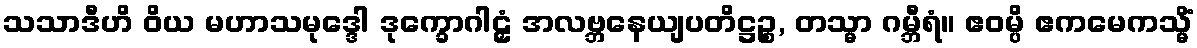
သသာဒီဟိ ဝိယ မဟာသမုဒ္ဒေါ ဒုက္ခောဂါဠှံ အလဗ္ဘနေယျပတိဋ္ဌဉ္စ, တသ္မာ ဂမ္ဘီရံ။ ဧဝမ္ပိ ဧကမေကသ္မိံ